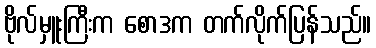
ဗိုလ်မှူးကြီးက စောဒက တက်လိုက်ပြန်သည်။